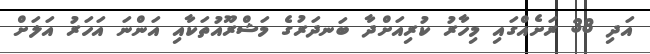
އަދި 38 ރަށެއްގައި މިހާރު ކުރިއަށްދާ ބަނދަރުގެ މަޝްރޫއުތަކާއި އަންނަ އަހަރު އަލަށް